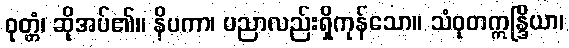
ဝုတ္တံ၊ ဆိုအပ်၏။ နိပကာ၊ ပညာလည်းရှိကုန်သော။ သံဝုတဣန္ဒြိယာ၊